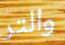
والتر